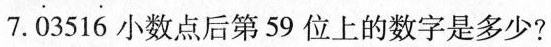
7.\dot{0}351\dot{6}小数点后第59位上的数字是多少?